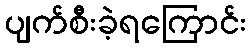
ပျက်စီးခဲ့ရကြောင်း